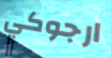
ارجوكي